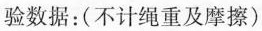
验数据：(不计绳重及摩擦)